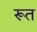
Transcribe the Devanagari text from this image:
रूत